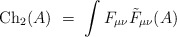
\begin{align*}{\rm Ch}_2(A) \ = \ \int F_{\mu\nu} {\tilde F}_{\mu\nu}(A)\end{align*}